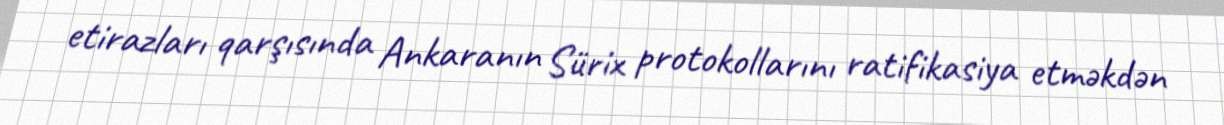
etirazları qarşısında Ankaranın Sürix protokollarını ratifikasiya etməkdən